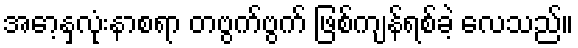
အော့နှလုံးနာစရာ တဗွက်ဗွက် ဖြစ်ကျန်ရစ်ခဲ့ လေသည်။